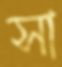
সা